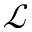
\mathcal { L }